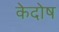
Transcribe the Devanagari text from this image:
केदोष